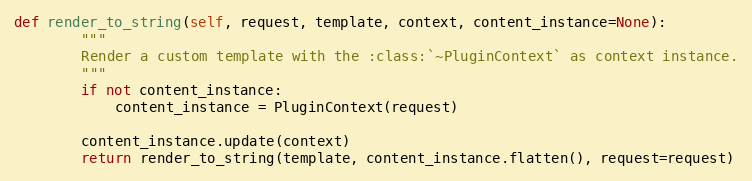
Language: Python
def render_to_string(self, request, template, context, content_instance=None):
        """
        Render a custom template with the :class:`~PluginContext` as context instance.
        """
        if not content_instance:
            content_instance = PluginContext(request)

        content_instance.update(context)
        return render_to_string(template, content_instance.flatten(), request=request)